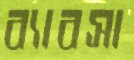
ব্যাবসা